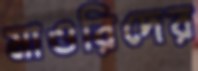
মাওরিদের